Report of the Indian Hemp Drugs Commission, 1894-1895 - Volume VII
Year: 1894
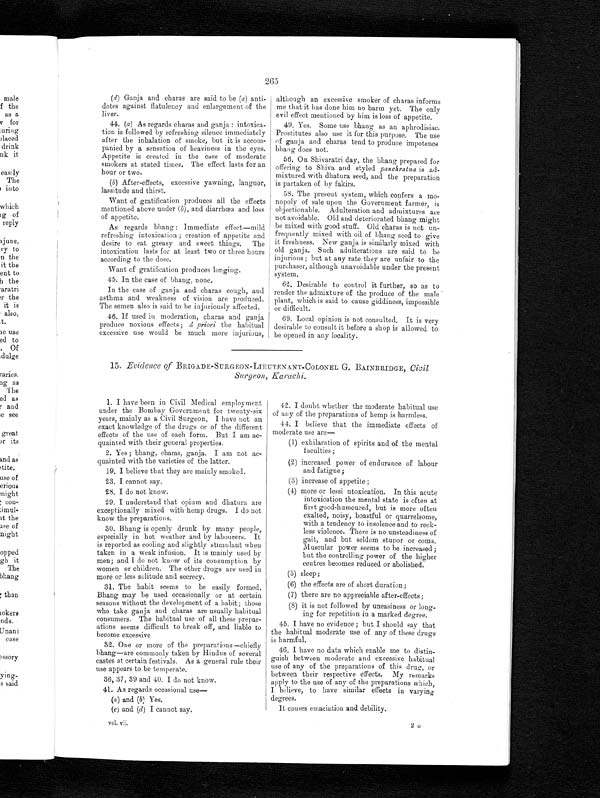
265
( d) Ganja and charas are said to be (a) anti-
dotes against flatulency and enlargement of the
liver.
44. (a) As regards charas and ganja: intoxica-
tion is followed by refreshing silence immediately
after the inhalation of smoke, but it is accom-
panied by a sensation of heaviness in the eyes.
Appetite is created in the case of moderate
smokers at stated times. The effect lasts for an
hour or two.
(b) After-effects, excessive yawning, languor,
lassitude and thirst.
Want of gratification produces all the effects
mentioned above under (b),and
l o s s
of appetite.
As regards bhang: Immediate effect—mild
refreshing intoxication; creation of appetite and
desire to eat greasy and sweet things. The
intoxication lasts for at least two or three hours
according to the dose.
Want of gratification produces longing.
45. In the case of bhang, none.
In the case of ganja and charas cough, and
asthma and weakness of vision are produced.
The semen also is said to be injuriously affected.
46. If used in moderation, charas and ganja
produce noxious effects; â priori the habitual
excessive use would be much more injurious,
although an excessive smoker of charas informs
me that it has done him no harm yet. The only
evil effect mentioned by him is loss of appetite.
49. Yes. Some use bhang as an aphrodisiac.
Prostitutes also use it for this purpose. The use
of ganja and charas tend to produce impotence
bhang does not.
56. On Shivaratri day, the bhang prepared for
offering to Shiva and styled panchratna is ad-
mixtured with dhatura seed, and the preparation
is partaken of by fakirs.
58. The present system, which confers a mo-
nopoly of sale upon the Government farmer, is
o b j e c t i o n a b l e . A d u l t e r a t i o n a n d a d m i x t u r e s a r e n o t a v o i d a b l e . O l d a n d d e t e r i o r a t e d b h a n g m i g h t
be mixed with good stuff. Old charas is not un-
frequently mixed with oil of bhang seed to give
it freshness. New ganja is similarly mixed with
old ganja. Such adulterations are said to be
injurious; but at any rate they are unfair to the
purchaser, although unavoidable under the present
system.
62. Desirable to control it further, so as to
render the admixture of the produce of the male
plant, which is said to cause giddiness, impossible
or difficult.
69. Local opinion is not consulted. It is very
desirable to consult it before a shop is allowed to
be opened in any locality.
15. Evidence of BRIGADE-SURGEON-LIEUTENANT-COLONEL G. BAINBRIDGE, Civil
Surgeon, Karachi.
1. I have been in Civil Medical employment
under the Bombay Government for twenty-six
years, mainly as a Civil Surgeon. I have not an
exact knowledge of the drugs or of the different
effects of the use of each form. But I am ac-
quainted with their general properties.
2. Yes; bhang, charas, ganja. I am not ac-
quainted with the varieties of the latter.
19. I believe that they are mainly smoked.
23. I cannot say.
28. I do not know.
29. I understand that opium and dhatura are
exceptionally mixed with hemp drugs. I do not
know the preparations.
30. Bhang is openly drunk by many people,
especially in hot weather and by labourers. It
is reported as cooling and slightly stimulant when
taken in a weak infusion. It is mainly used by
men; and I do not know of its consumption by
women or children. The other drugs are used in
more or less solitude and secrecy.
3. The habit seems to be easily formed.
Bhang may be used occasionally or at certain
seasons without the development of a habit; those
who take ganja and charas are usually habitual
consumers. The habitual use of all these prepar-
ations seems difficult to break off, and liable to
become excessive
4. One or more of the preparations—chiefly
bhang—are commonly taken by Hindus of several
castes at certain festivals. As a general rule their
use appears to be temperate.
36, 37, 39 and 40. I do not know.
41. As regards occasional use—
(a ) and (b) Yes.
(c) and (d) I cannot say.
42. I doubt whether the moderate habitual use
of any of the preparations of hemp is harmless.
44. I believe that the immediate effects of
moderate use are—
(1) exhilaration of spirits and of the mental
faculties;
(2) increased power of endurance of labour
and fatigue;
(3)
increase of appetite;
(4)
more or lessi ntoxication. In this acute
intoxication the mental state is often at
first good-humoured, but is more often
exalted, noisy, boastful or quarrelsome,
with a tendency to insolence and to reck-
less violence. There is no unsteadiness of
gait, and but seldom stupor or coma.
Muscular power seems to be increased;
but the controlling power of the higher
centres becomes reduced or abolished.
(5)
sleep;
(6)
the effects are of short duration;
(7)
there are no appreciable after-effects;
(8)
it is not followed by uneasiness or long-
ing for repetition in a marked degree.
45. I have no evidence; but I should say that
the habitual moderate use of any of these drugs
is harmful.
46. I have no data which enable me to distin-
guish between moderate and excessive habitual
use of any of the preparations of this drug, or
between their respective effects. My remarks
apply to the use of any of the preparations which,
I believe, to have similar effects in varying
degrees.
It causes emaciation and debility.
vol. vii.
2 o